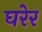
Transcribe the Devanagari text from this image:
घरेर